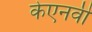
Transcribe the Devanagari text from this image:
केएनवी